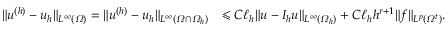
\begin{array} { r l } { \| u ^ { ( h ) } - u _ { h } \| _ { L ^ { \infty } ( \varOmega ) } = \| u ^ { ( h ) } - u _ { h } \| _ { L ^ { \infty } ( \varOmega \cap \varOmega _ { h } ) } } & { \leqslant C \ell _ { h } \| u - I _ { h } u \| _ { L ^ { \infty } ( \varOmega _ { h } ) } + C \ell _ { h } h ^ { r + 1 } \| f \| _ { L ^ { p } ( \varOmega ^ { t } ) } . } \end{array}